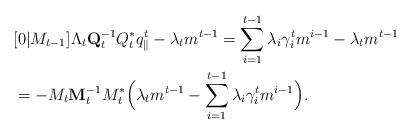
LaTeX: \begin{align*}& [0 | M_{t-1}] \Lambda_t \mathbf{Q}_{t}^{-1} Q^*_t q^t_{\parallel} -\lambda_t m^{t-1} = \sum_{i=1}^{t-1} \lambda_{i} \gamma^t_{i} m^{i-1} -\lambda_t m^{t-1} \\&= - M_t \mathbf{M}_{t}^{-1} M_t^*\Big(\lambda_t m^{t-1} - \sum_{i=1}^{t-1} \lambda_{i} \gamma^t_{i} m^{i-1}\Big).\end{align*}